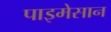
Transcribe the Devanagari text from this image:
पाइमेसान